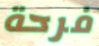
فرحة